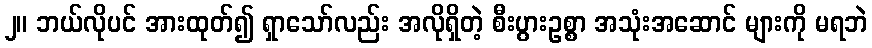
၂။ ဘယ်လိုပင် အားထုတ်၍ ရှာသော်လည်း အလိုရှိတဲ့ စီးပွားဥစ္စာ အသုံးအဆောင် များကို မရဘဲ